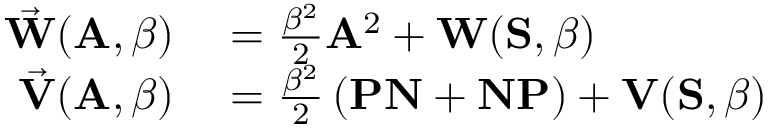
\begin{array} { r l } { \vec { \mathbf { W } } ( \mathbf { A } , \beta ) } & { { } = \frac { \beta ^ { 2 } } { 2 } \mathbf { A } ^ { 2 } + \mathbf { W } ( \mathbf { S } , \beta ) } \\ { \vec { \mathbf { V } } ( \mathbf { A } , \beta ) } & { { } = \frac { \beta ^ { 2 } } { 2 } \left( \mathbf { P N } + \mathbf { N P } \right) + \mathbf { V } ( \mathbf { S } , \beta ) } \end{array}